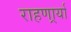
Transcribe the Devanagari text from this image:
राहणार्र्या